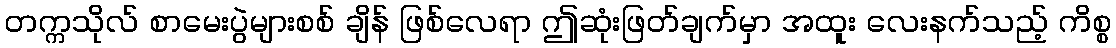
တက္ကသိုလ် စာမေးပွဲများစစ် ချိန် ဖြစ်လေရာ ဤဆုံးဖြတ်ချက်မှာ အထူး လေးနက်သည့် ကိစ္စ